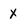
Character: X